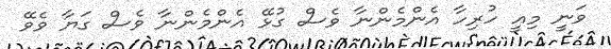
ވަނީ މިއީ ހުރިހާ އެންމެންނާ ވެސް ގުޅޭ އެންމެންނާ ވެސް ގަޔާ ވެވޭ